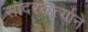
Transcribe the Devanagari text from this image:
सादरकर्त्याने